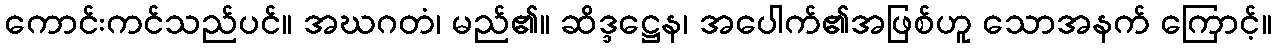
ကောင်းကင်သည်ပင်။ အဃဂတံ၊ မည်၏။ ဆိဒ္ဒဋ္ဌေန၊ အပေါက်၏အဖြစ်ဟူ သောအနက် ကြောင့်။